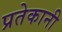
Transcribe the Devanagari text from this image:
प्रतेकानी